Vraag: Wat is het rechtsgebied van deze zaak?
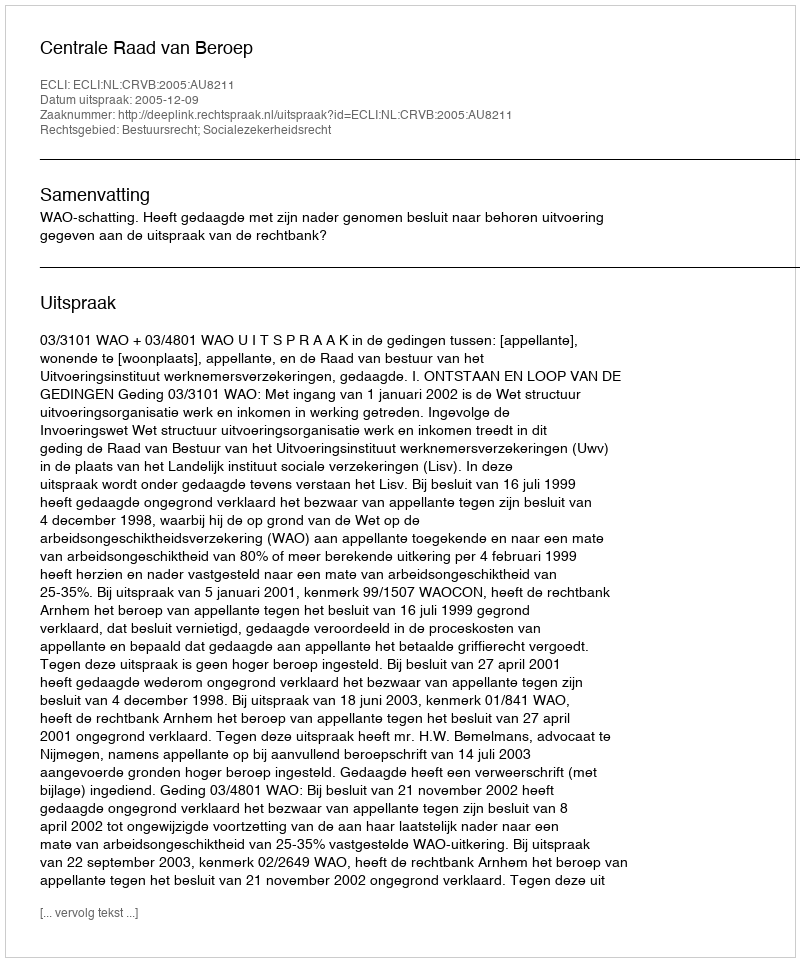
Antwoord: Bestuursrecht; Socialezekerheidsrecht